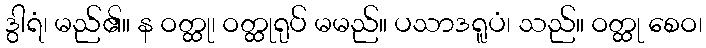
ဒွါရံ၊ မည်၏။ န ဝတ္ထု၊ ဝတ္ထုရုပ် မမည်။ ပသာဒရူပံ၊ သည်။ ဝတ္ထု စေဝ၊